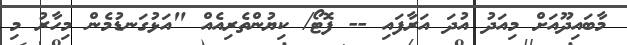
މާބައިދޫއަށް މިއަދު އުދަ އަރާފައި -- ފޮޓޯ/ ކިޔުންތެރިއެއް "އަޅުގަނޑުމެން މިހާރު މި